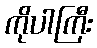
ကိုပါကြီး